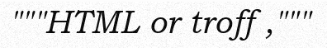
"""HTML or troff ,"""